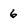
Character: 6